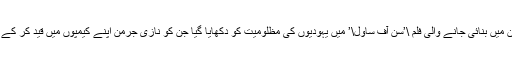
غیر ملکی زبان میں بنائی جانے والی فلم \’سن آف ساؤل\’ میں یہودیوں کی مظلومیت کو دکھایا گیا جن کو نازی جرمن اپنے کیمپوں میں قید کر کے مار رہے ہیں۔